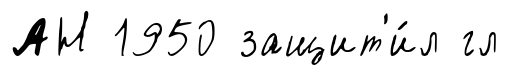
АН 1950 защит'и́л гл